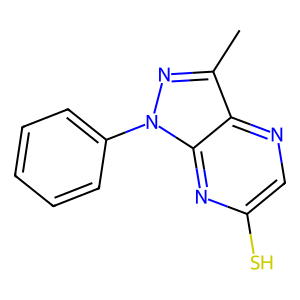
SMILES: Cc1nn(-c2ccccc2)c2nc(S)cnc12
Inhibits HIV replication: No